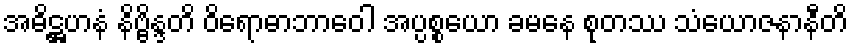
အဓိဋ္ဌဟနံ နိဗ္ဗိန္ဒတိ ဝိရောဓာဘာဝေါ အပ္ပစ္စယော ခမနေ စုတဿ သံယောဇနာနီတိ